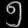
Digit: ၅